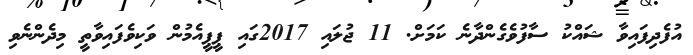
އުފެދިފައިވާ ޝައްކު ސާފުވެގެންދާނެ ކަމަށް. 11 ޖުލައި 2017ގައި ޕީޕީއެމުން ވަކިވެފައިވާތީ މިދެންނެވި